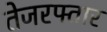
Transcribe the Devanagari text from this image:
तेजरफ्तार